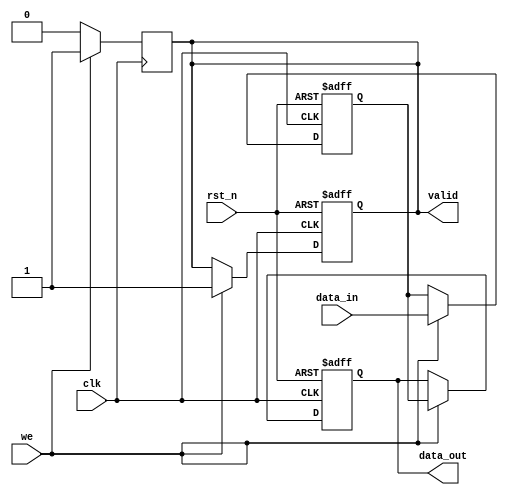
module PipelineBuffer #(
    parameter N = 8,         // Width of the data
    parameter DEPTH = 1      // Depth of the pipeline buffer (number of stages)
)(
    input wire clk,          // Clock signal
    input wire rst_n,        // Active low reset signal
    input wire we,           // Write enable signal
    input wire [N-1:0] data_in, // Input data
    output reg [N-1:0] data_out, // Output data
    output reg valid         // Valid signal
);

    // Internal storage for the pipeline buffer
    reg [N-1:0] buffer [0:DEPTH-1]; // Buffer array

    // Synchronous reset and data loading
    integer i;
    always @(posedge clk or negedge rst_n) begin
        if (!rst_n) begin
            // Reset all buffer stages
            for (i = 0; i < DEPTH; i = i + 1) begin
                buffer[i] <= {N{1'b0}}; // Clear the buffer
            end
            data_out <= {N{1'b0}}; // Clear output
            valid <= 1'b0;         // Clear valid signal
        end else if (we) begin
            // Shift data through the pipeline
            buffer[0] <= data_in; // Load new data into the first stage
            for (i = 1; i < DEPTH; i = i + 1) begin
                buffer[i] <= buffer[i-1]; // Shift data to the next stage
            end
            data_out <= buffer[DEPTH-1]; // Output from the last stage
            valid <= 1'b1; // Set valid signal
        end
    end

    // Optional: Clear valid signal when data is not valid
    always @(posedge clk) begin
        if (we) begin
            // If data is shifted, the output is valid
            valid <= 1'b1;
        end else if (valid) begin
            // If no new data is written, clear valid signal
            valid <= 1'b0;
        end
    end

endmodule